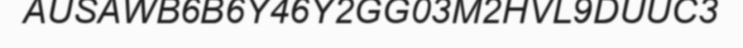
AUSAWB6B6Y46Y2GG03M2HVL9DUUC3